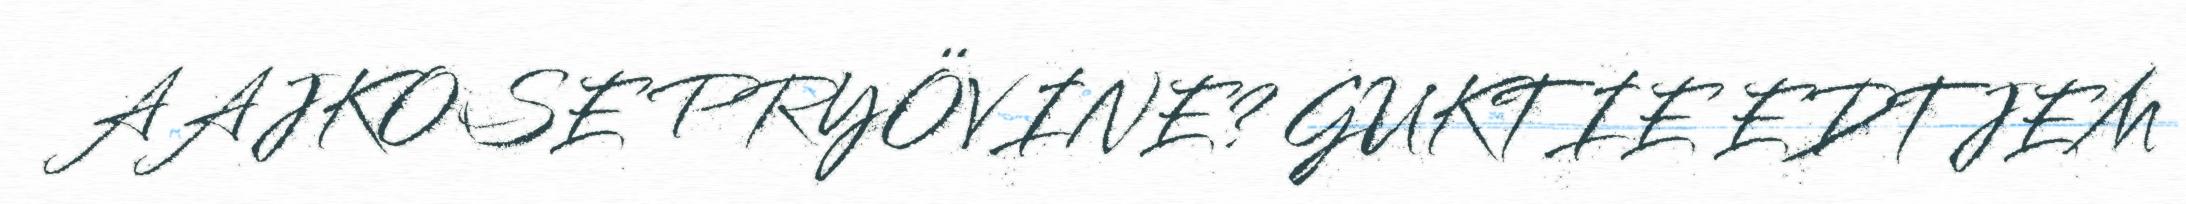
AAJKOSE PRYÖVINE? GUKTIE EDTJEM